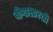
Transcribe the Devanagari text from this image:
वीणासारखी